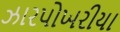
ઝારપોખરીયા